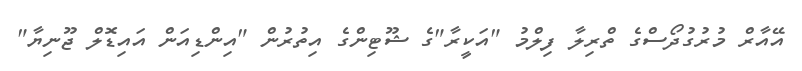
އޭއާރް މުރުގުދޯސްގެ ތްރިލާ ފިލްމު "އަކީރާ"ގެ ޝޫޓިންގެ އިތުރުން "އިންޑިއަން އައިޑޮލް ޖޫނިޔާ"